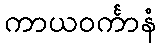
ကာယဝင်္ကာနံ